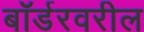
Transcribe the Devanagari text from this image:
बॉर्डरवरील